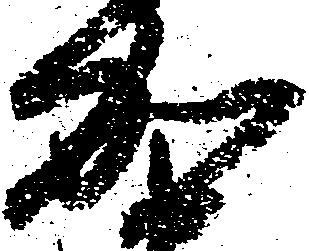
加